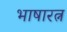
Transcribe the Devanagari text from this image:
भाषारत्न